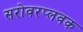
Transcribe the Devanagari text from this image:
सरोवरप्लवक